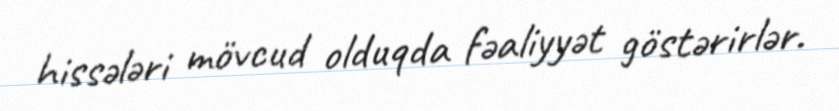
hissələri mövcud olduqda fəaliyyət göstərirlər.